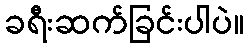
ခရီးဆက်ခြင်းပါပဲ။